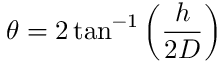
\theta = 2 \tan ^ { - 1 } \left( { \frac { h } { 2 D } } \right)